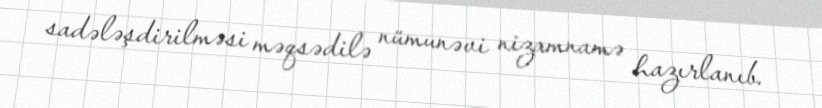
sadələşdirilməsi məqsədilə nümunəvi nizamnamə hazırlanıb.